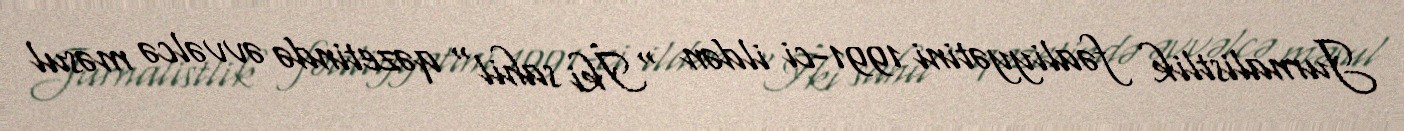
Jurnalistlik fəaliyyətini 1991-ci ildən "İki sahil" qəzetində əvvəlcə məsul